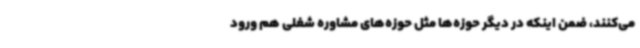
می‌کنند، ضمن اینکه در دیگر حوزه‌ها مثل حوزه‌های مشاوره شغلی هم ورود